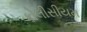
કોલીસીયમ